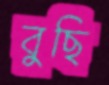
বুছি